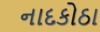
નાદકોઠા